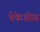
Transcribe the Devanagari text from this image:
वेकेओस